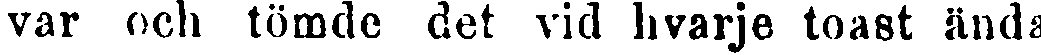
var och tömde det vid hvarje toast ända